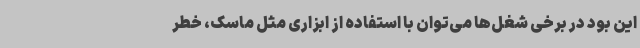
این بود در برخی شغل‌ها می‌توان با استفاده از ابزاری مثل ماسک، خطر